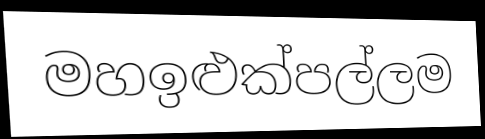
මහඉළුක්පල්ලම